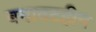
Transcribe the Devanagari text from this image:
बनावटहीन